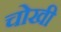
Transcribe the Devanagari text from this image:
चोखी